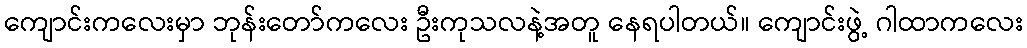
ကျောင်းကလေးမှာ ဘုန်းတော်ကလေး ဦးကုသလနဲ့အတူ နေရပါတယ်။ ကျောင်းဖွဲ့ ဂါထာကလေး